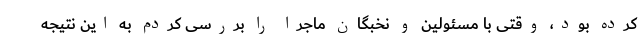
کرده بود، وقتی با مسئولین و نخبگان ماجرا را بررسی کردم به این نتیجه